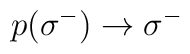
\:p(\sigma^{-}) \rightarrow  \sigma^{-}\: